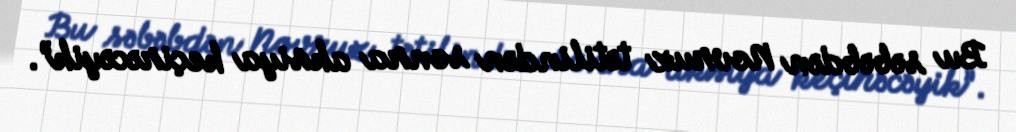
Bu səbəbdən Novruz tətilindən sonra aksiya keçirəcəyik”.